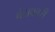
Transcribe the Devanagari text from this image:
बंधकारी